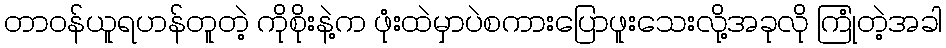
တာဝန်ယူရဟန်တူတဲ့ ကိုစိုးနဲ့က ဖုံးထဲမှာပဲစကားပြောဖူးသေးလို့အခုလို ကြုံတဲ့အခါ